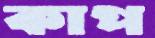
কাপ